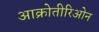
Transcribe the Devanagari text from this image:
आक्रोतीरिओन